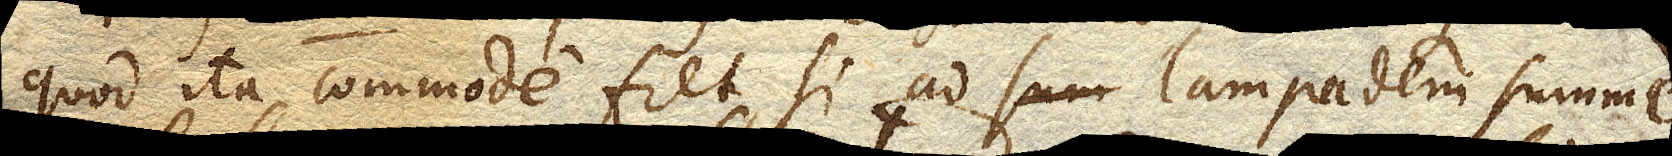
quod ita commode fiet, si ad lampadem summe